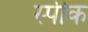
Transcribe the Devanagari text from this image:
स्‍पीक